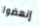
إنهضوا